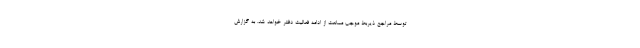
توسط مراجع ذیربط موجب ممانعت از ادامه فعالیت دفتر خواهد شد. به گزارش